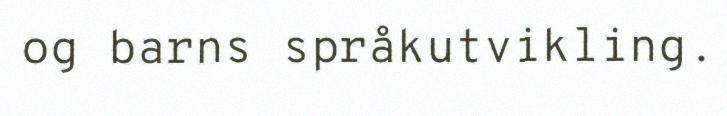
og barns språkutvikling.